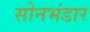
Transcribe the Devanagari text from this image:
सोनभंडार